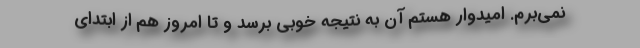
نمی‌برم. امیدوار هستم آن به نتیجه خوبی برسد و تا امروز هم از ابتدای